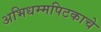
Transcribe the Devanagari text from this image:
अभिधम्मपिटकाचे